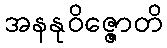
အနနုဝိဇ္ဇောတိ